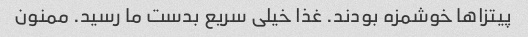
پیتزاها خوشمزه بودند. غذا خیلی سریع بدست ما رسید. ممنون